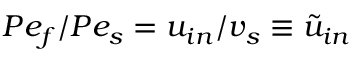
P e _ { f } / P e _ { s } = u _ { i n } / v _ { s } \equiv \tilde { u } _ { i n }